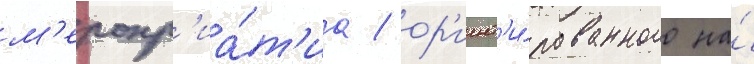
м'еропр'иа́т'иа / ор'иент'и́рованного на́